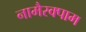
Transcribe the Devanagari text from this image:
नामैरक्पाम